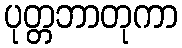
ပုတ္တဘာတုကာ